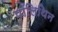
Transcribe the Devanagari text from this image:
पॉलिथिन